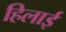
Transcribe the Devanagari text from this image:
हिलाई